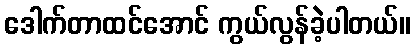
ဒေါက်တာထင်အောင် ကွယ်လွန်ခဲ့ပါတယ်။